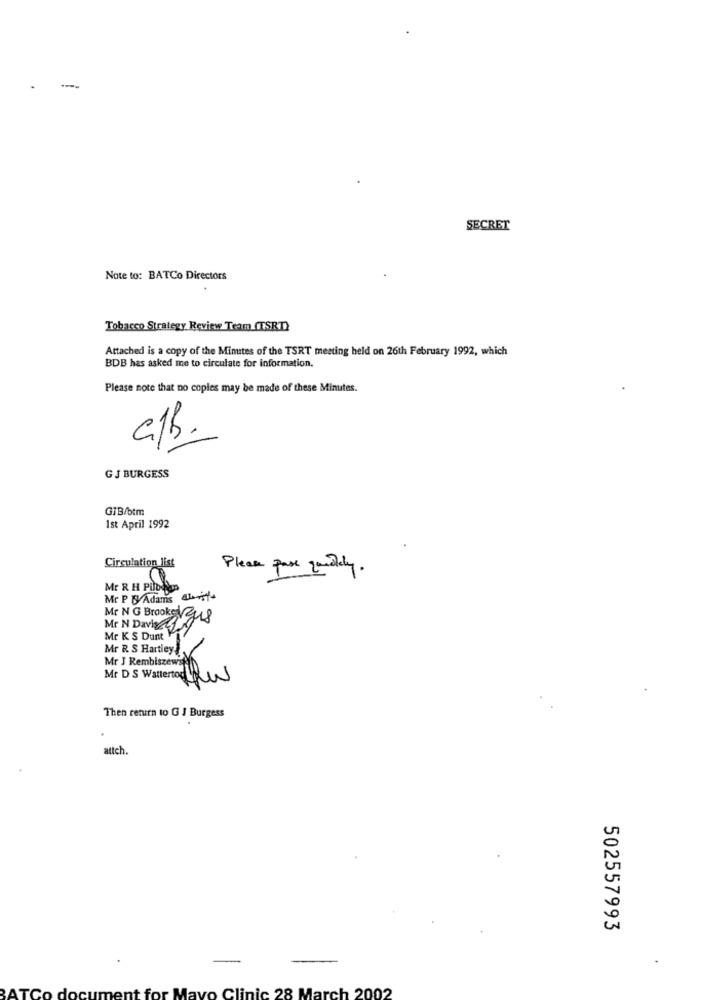
SECRET
Note to: BATCo Directors
Tobacco Strategy Review Tram (TSRT)
Attached is a copy of the Minutes of the TSRT meeting held on 26th February 1992, which
BDB has asked me to circulate for information,
Please note that no copies may be made of these Minutes.
a/B.
GJ BURGESS
GIB/btm
1st April 1992
Circulation list
Please pase quedely.
Mr R H PUDASEn
Mr P & Adams kiss
Mr N G Brooke 248
Mr N Davi 49
Mr K S Dunt
Mr R S Hartley.
Mr J Rembiszewise
Mr D S Wattertodaw
Then return to G J Burgess
attch.
502557993
-
AT
ent for Mayo Clinic 28 March 2002